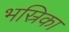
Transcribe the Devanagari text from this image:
भस्रिका